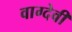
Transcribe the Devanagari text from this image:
वाग्‍देवी